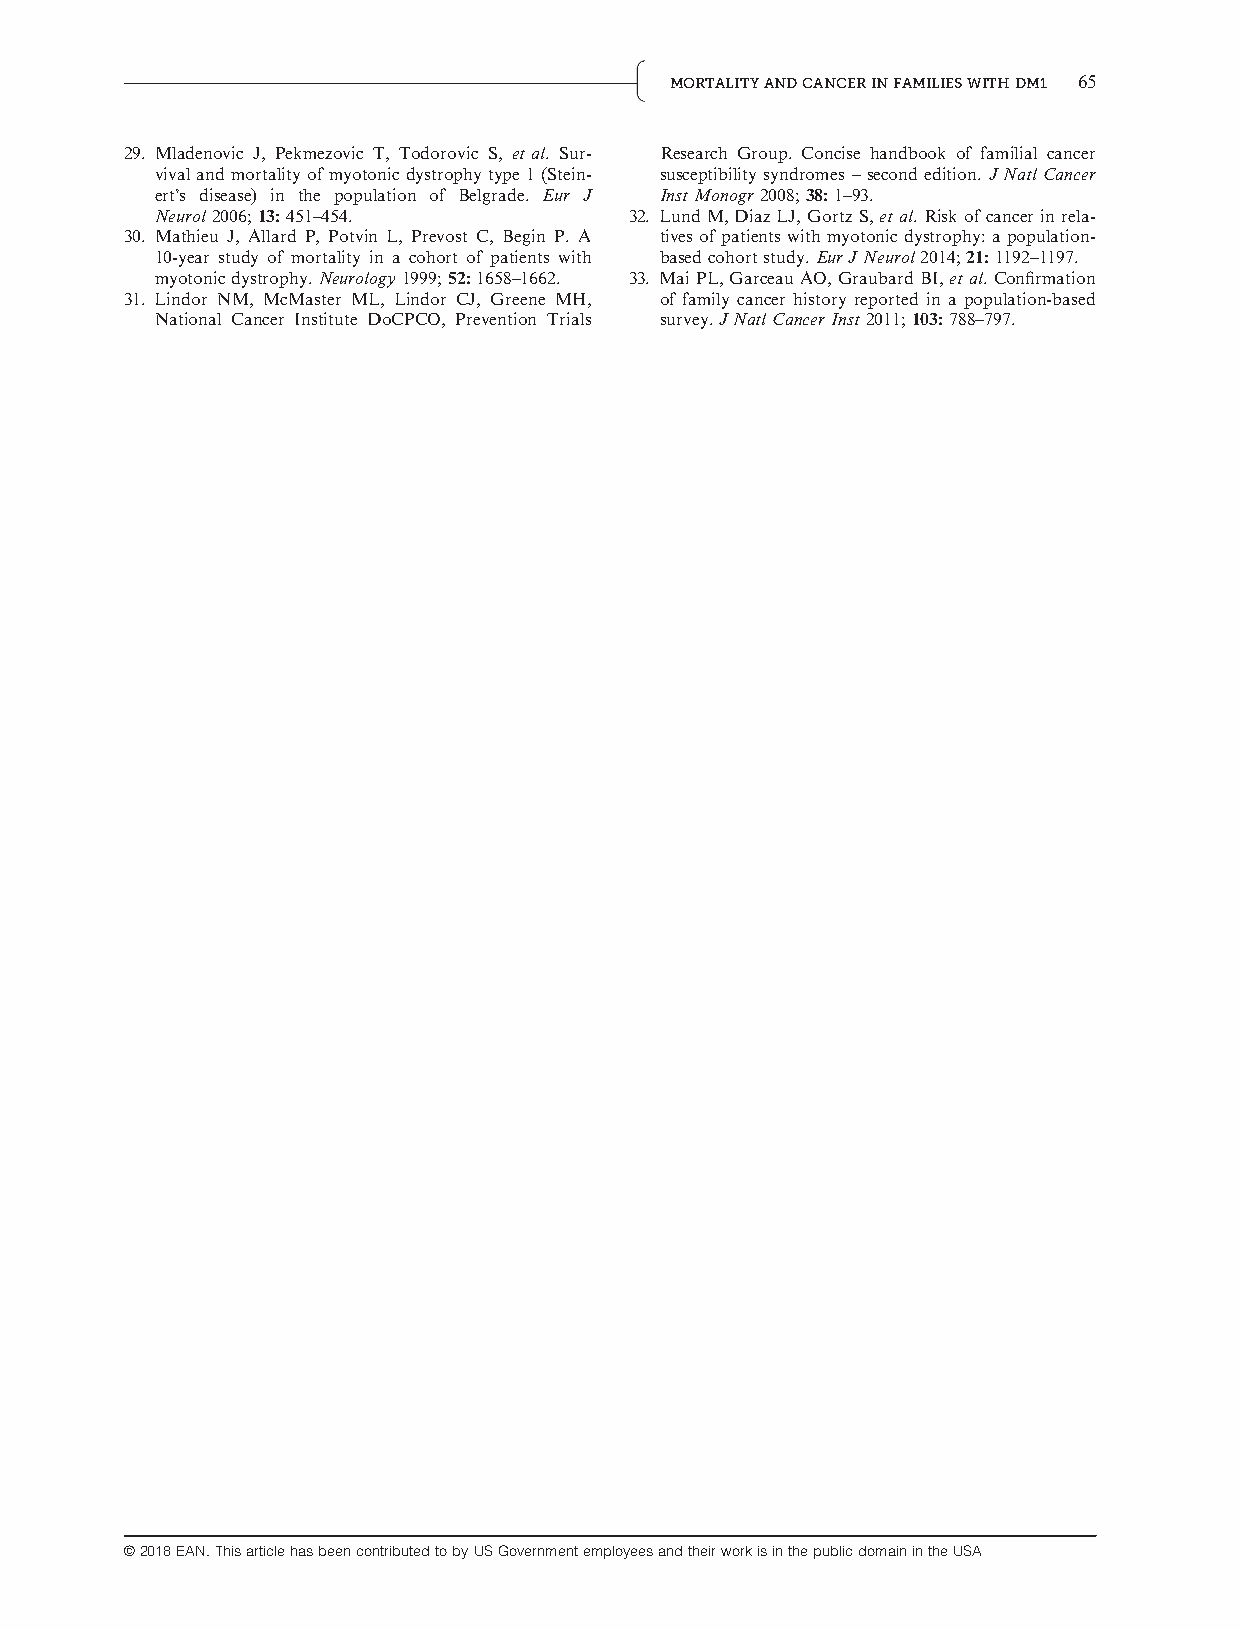
MORTALITYANDCANCERINFAMILIESWITHDM1 65
 29. Mladenovic J, Pekmezovic T, Todorovic S, et al. Sur- Research Group. Concise handbook of familial cancer
 vivalandmortalityofmyotonicdystrophytype1(Stein- susceptibility syndromes – second edition. J Natl Cancer
 ert’s disease) in the population of Belgrade. Eur J InstMonogr2008;38:1–93.
 Neurol2006;13:451–454.          32. LundM,DiazLJ, GortzS,et al.Riskofcancerinrela-
 30. Mathieu J, Allard P, Potvin L, Prevost C, Begin P. A tives of patients with myotonic dystrophy: a population-
 10-year study of mortality in a cohort of patients with basedcohortstudy.EurJNeurol2014;21:1192–1197.
 myotonicdystrophy.Neurology1999;52:1658–1662. 33. MaiPL,GarceauAO,GraubardBI,et al.Confirmation
 31. Lindor NM, McMaster ML, Lindor CJ, Greene MH, of family cancer history reported in a population-based
 National Cancer Institute DoCPCO, Prevention Trials survey.JNatlCancerInst2011;103:788–797.
 ©2018EAN.ThisarticlehasbeencontributedtobyUSGovernmentemployeesandtheirworkisinthepublicdomainintheUSA